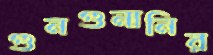
গুনগুনানির